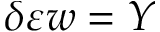
\delta \varepsilon w = Y